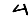
Digit: 4